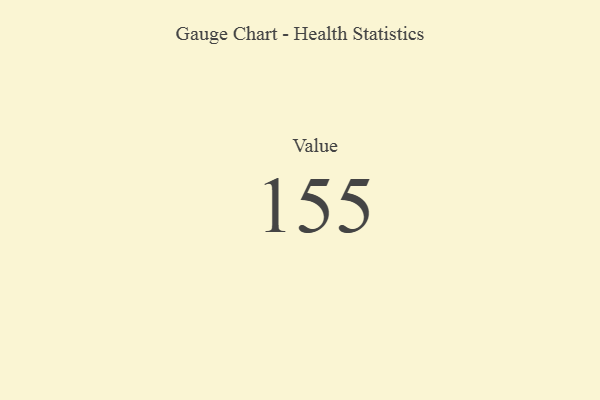
{"axis": {"x": "Metric", "y": "Value"}, "legend": [""], "data": [{"x": "Value", "y": 155, "type": ""}]}